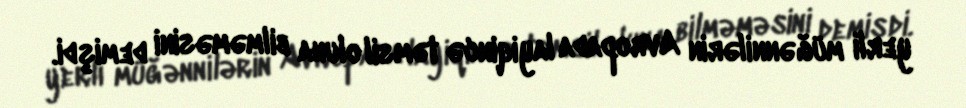
yerli müğənnilərin Avropada layiqincə təmsil oluna bilməməsini demişdi.